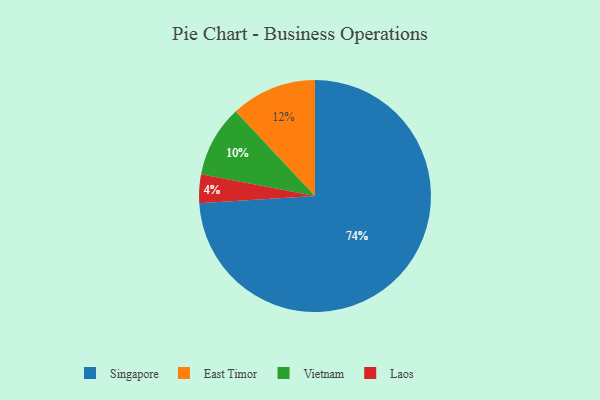
{"axis": {"x": "Category", "y": "Percentage"}, "legend": ["East Timor", "Laos", "Singapore", "Vietnam"], "data": [{"x": "East Timor", "y": 12, "type": "East Timor"}, {"x": "Singapore", "y": 74, "type": "Singapore"}, {"x": "Laos", "y": 4, "type": "Laos"}, {"x": "Vietnam", "y": 10, "type": "Vietnam"}]}